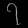
Digit: ၇